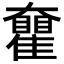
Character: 𡚝